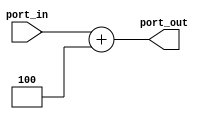
module add4 (
    input [31:0] port_in,
    output reg [31:0] port_out
);
assign port_out = port_in + 4;
    
endmodule